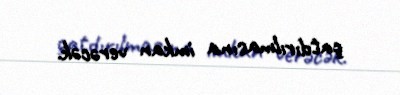
çatdırılmasına imkan verəcək.